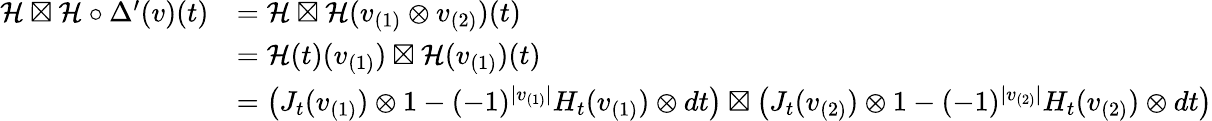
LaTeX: \begin{array}{rl}{\mathcal{H}\boxtimes\mathcal{H}\circ\Delta^{\prime}(v)(t)}&{=\mathcal{H}\boxtimes\mathcal{H}(v_{(1)}\otimes v_{(2)})(t)}\\ &{=\mathcal{H}(t)(v_{(1)})\boxtimes\mathcal{H}(v_{(1)})(t)}\\ &{=\left(J_{t}(v_{(1)})\otimes 1-(-1)^{|v_{(1)}|}H_{t}(v_{(1)})\otimes dt\right)\boxtimes\left(J_{t}(v_{(2)})\otimes 1-(-1)^{|v_{(2)}|}H_{t}(v_{(2)})\otimes dt\right)}\end{array}